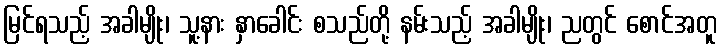
မြင်ရသည့် အခါမျိုး၊ သူ့နား နှာခေါင်း စသည်တို့ နမ်းသည့် အခါမျိုး၊ ညတွင် စောင်အတူ